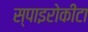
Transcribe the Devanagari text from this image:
स्पाइरोकीटा